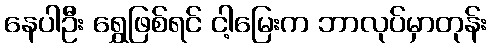
နေပါဦး ရွှေဖြစ်ရင် ငါ့မြေးက ဘာလုပ်မှာတုန်း